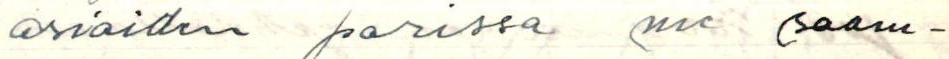
asioiden parissa me saam-